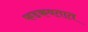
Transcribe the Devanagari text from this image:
फडकवतात